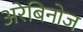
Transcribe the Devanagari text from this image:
अरेबिनोज